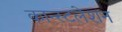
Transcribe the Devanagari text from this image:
कान्स्टलेशन